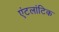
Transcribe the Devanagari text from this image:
एंटलांटिक